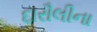
દારૌલીના